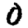
Digit: 0